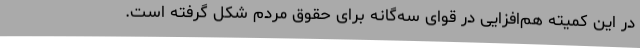
در این کمیته هم‌افزایی در قوای سه‌گانه برای حقوق مردم شکل گرفته است.